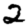
Digit: 2